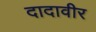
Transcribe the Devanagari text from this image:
दादावीर